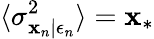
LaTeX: \langle\sigma_{\mathbf{x}_{n}|\epsilon_{n}}^{2}\rangle=\mathbf{x}_{*}